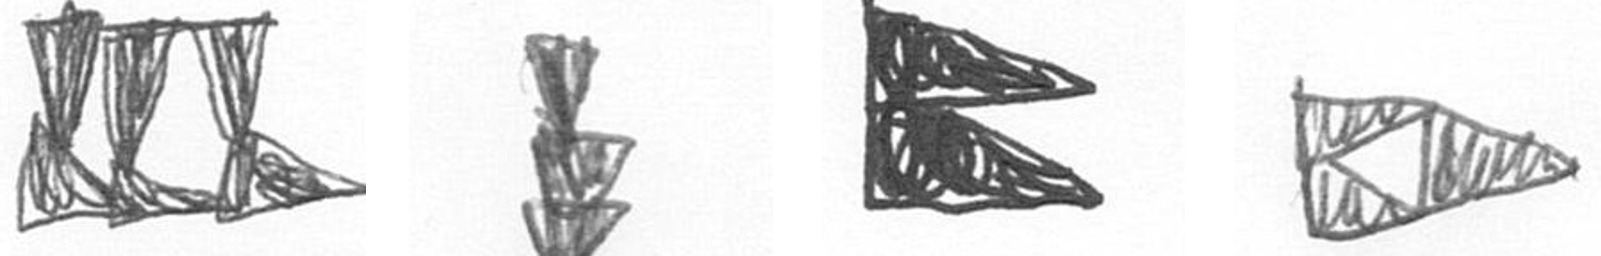
D E P K